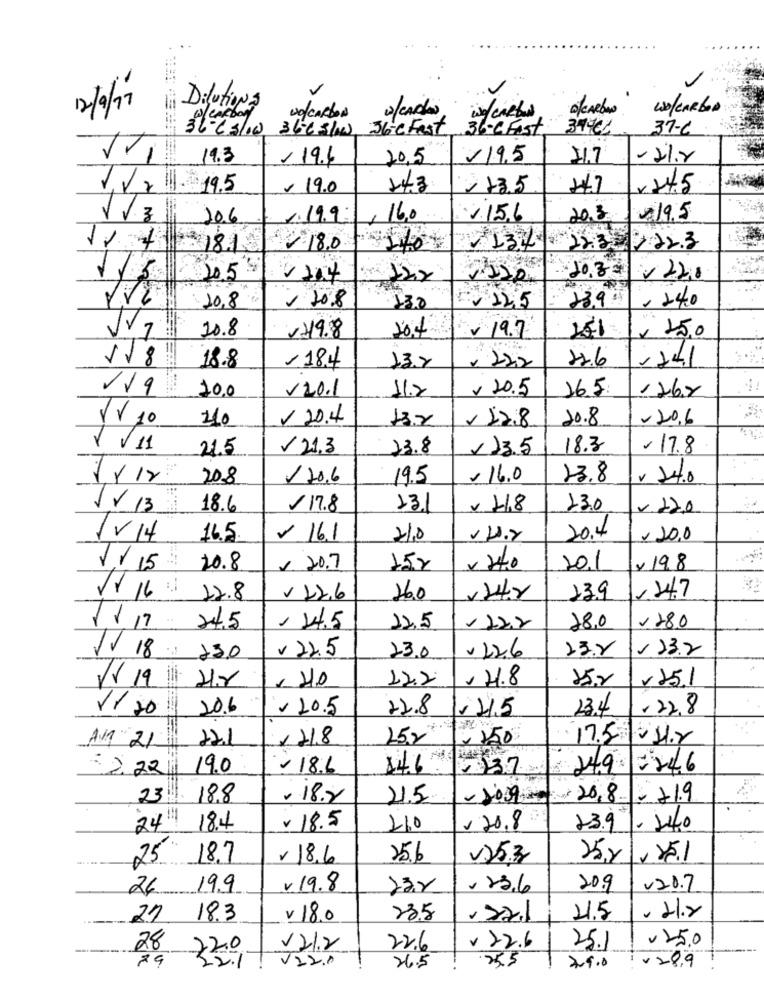
...
12/9/11
Iii Dilutions
volCARBON
0/cados
0/CARBON
WO/CARBOD
we/ cartas
36-23/10 3663/w 3b-CFest
36-C Fast
347€2
37-6
19.3
/19.6
20.5
195
11.7
1,V 2 19.5
19.0
143
13.5
4.7
x 24.5
20.6
1.19.9.
16.0
2156
20.3.
19.5
12 + 181
18.0
2232222.3
10,33
1/ 3 20.5
122
- 22,0
10,8
V 108
23.9%
140
130
12,5
10.8
-19.8
10,4
v 19.7
x 25,0
118
,184
22.6
18.8
13.7
-241
10.0
V20.1
11.2
v 20.5
16.5
126.8
VV 10
110
V 20.4
13.0
17.8
10.8
-20,6
1/11
21.5
V 21,3
23.8
123.5
18.3
-17.8
208
120.6
19.5
- 16.0
23.8
v 24.0
JV 13
18.6
17.8
131
v 1,8
13.0
v.12.0
TV14
16.5
16.1
210
20.4
- 20.0
1/15
20.8
1. 20.7
15x
× 240
201
x 198
24.7
16: 22.8
V12.6
26.0
13.9
117 24.5
, 14.5
12.5
122.2
28.0
1280
v 22.5
v 226
23.8
23.2
18 230
23.0
12.2
, 4.8
152
x 25.1
V 19 i Hr
1/20
20.6
$ 10.5
22.8
11.5
23.4
-22.8
22.1
150
x 150
17.5|11.2
AM 21
2.22
19.0
-186
146
37
249 -246
23 18.8
. 18.2
215
-2039
20,8.
- 21.9
24" 18.4
v 18.5
210
20.8
23.9
1. 1440
25
18.7
18.6
256
V753
25x
26
19.9
v 19.8
. 23.6
209
v20.7
-
18.3
v 18.0
23.5
4.5
250
28
22.0
22.6
v 22.6
25.1
V22.0
255
v28.9
32.1
26.5
79.0